Report on vaccination in Madras 1895-1903 - 1895-1903
Year: 1895
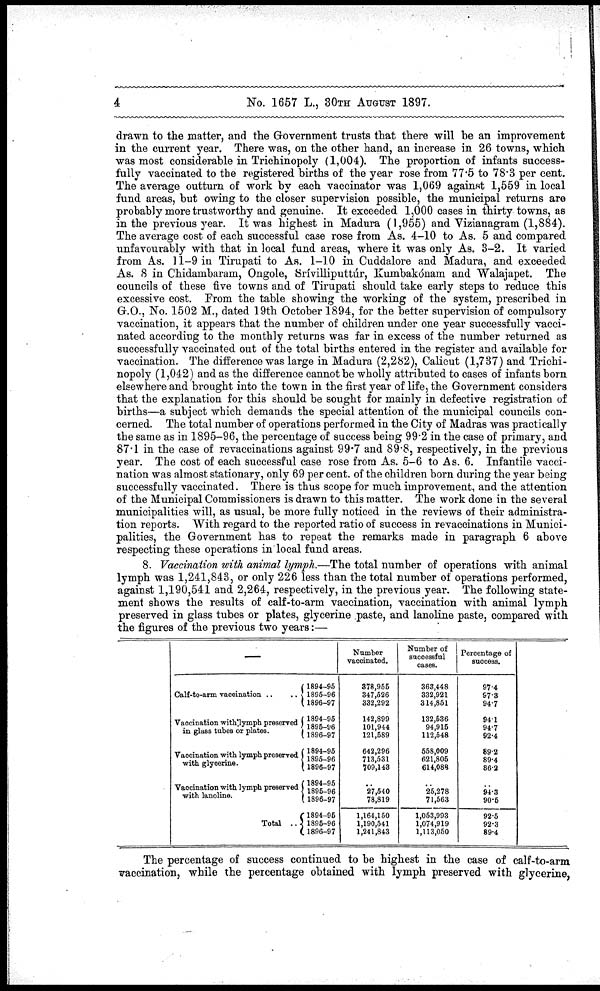
4
No. 1657 L., 30TH AUGUST 1897.
drawn to the matter, and the Government trusts that there will be an improvement
in the current year. There was, on the other hand, an increase in 26 towns, which
was most considerable in Trichinopoly (1,004). The proportion of infants success-
fully vaccinated to the registered births of the year rose from 77.5 to 78.3 per cent.
The average outturn of work by each vaccinator was 1,069 against 1,559 in local
fund areas, but owing to the closer supervision possible, the municipal returns are
probably more trustworthy and genuine. It exceeded 1,000 cases in thirty towns, as
in the previous year. It was highest in Madura (1,955) and Vizianagram (1,884).
The average cost of each successful case rose from As. 4-10 to As. 5 and compared
unfavourably with that in local fund areas, where it was only As. 3-2. It varied
from As. 11-9 in Tirupati to As. 1—10 in Cuddalore and Madura, and exceeded
As. 8 in Chidambaram, Ongole, Srívilliputtúr, Kumbakónam and Walajapet. The
councils of these five towns and of Tirupati should take early steps to reduce this
excessive cost. From the table showing the working of the system, prescribed in
G.O., No. 1502 M., dated 19th October 1894, for the better supervision of compulsory
vaccination, it appears that the number of children under one year successfully vacci-
nated according to the monthly returns was far in excess of the number returned as
successfully vaccinated out of the total births entered in the register and available for
vaccination. The difference was large in Madura (2,282), Calicut (1,737) and Trichi-
nopoly (1,042) and as the difference cannot be wholly attributed to cases of infants born
elsewhere and brought into the town in the first year of life, the Government considers
that the explanation for this should be sought for mainly in defective registration of
births—a subject which demands the special attention of the municipal councils con-
cerned. The total number of operations performed in the City of Madras was practically
the same as in 1895-96, the percentage of success being 99.2 in the case of primary, and
87.1 in the case of revaccinations against 99.7 and 89.8, respectively, in the previous
year. The cost of each successful case rose from As. 5-6 to As. 6. Infantile vacci-
nation was almost stationary, only 69 per cent. of the children born during the year being
successfully vaccinated. There is thus scope for much improvement, and the attention
of the Municipal Commissioners is drawn to this matter. The work done in the several
municipalities will, as usual, be more fully noticed in the reviews of their administra-
tion reports. With regard to the reported ratio of success in revaccinations in Munici-
palities, the Government has to repeat the remarks made in paragraph 6 above
respecting these operations in local fund areas.
8. Vaccination with animal lymph.—The total number of operations with animal
lymph was 1,241,843, or only 226 less than the total number of operations performed,
against 1,190,541 and 2,264, respectively, in the previous year. The following state-
ment shows the results of calf-to-arm vaccination, vaccination with animal lymph
preserved in glass tubes or plates, glycerine paste, and lanoline paste, compared with
the figures of the previous two years:—
—
Calf-to-arm vaccination ..
..
Vaccination with lymph preserved
in glass tubes or plates.
Vaccination with lymph preserved
with glycerine.
Vaccination with lymph preserved
with lanoline.
Total ..
1894-95
1895-96
1896-97
1894-95
1896-96
1896-97
1894-95
1895-96
1896-97
1894-95
1895-96
1896-97
1894-96
1895-96
1896-97
Number
vaccinated.
378,955
347,526
332,292
142,899
101,944
121,589
642,296
713,531
709,143
..
27,540
78,819
1,164,150
1,190,541
1,241,843
Number of
successful
cases.
363,448
332,921
314,861
132,636
94,915
112,548
558,009
621,805 614,088
..
25,278
71,563
1,053,993
1,074,919
1,113,050
Percentage of
success.
97.4
97.3
94.7
94.1
94.7
92.4
89.2
89.4
86.2
..
94.3
90.5
92.5
92.3
89.4
The percentage of success continued to be highest in the case of calf-to-arm
vaccination, while the percentage obtained with lymph preserved with glycerine,